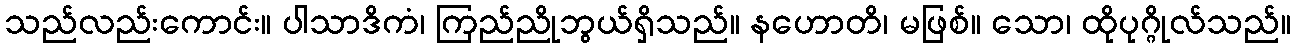
သည်လည်းကောင်း။ ပါသာဒိကံ၊ ကြည်ညိုဘွယ်ရှိသည်။ နဟောတိ၊ မဖြစ်။ သော၊ ထိုပုဂ္ဂိုလ်သည်။